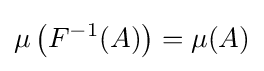
\mu \left(F^{-1}(A)\right)=\mu (A)